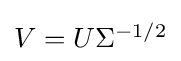
{\textstyle V=U\Sigma ^{-1/2}}